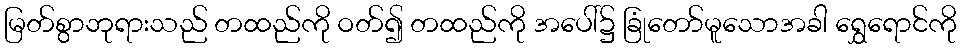
မြတ်စွာဘုရားသည် တထည်ကို ဝတ်၍ တထည်ကို အပေါ်၌ ခြုံတော်မူသောအခါ ရွှေရောင်ကို